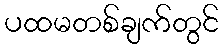
ပထမတစ်ချက်တွင်